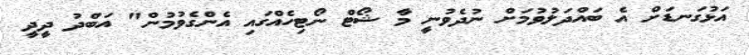
އަޅުގަނޑަށް އެ ބައްދަލުވުމަށް ނުދެވުނީ މާ ޝޯޓް ނޯޓިހެއްގައި އެންގެވުމުން" އަބްދު ދީދީ